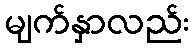
မျက်နှာလည်း